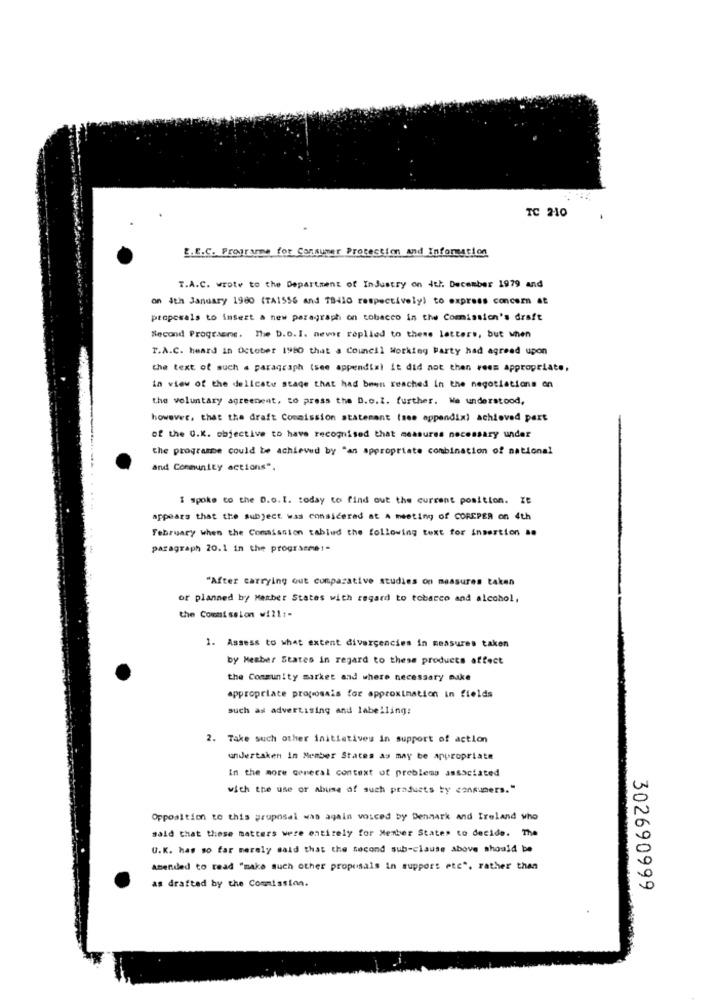
TC 210
E.E.C. Programme for Consumer Protection and Information
T.A.C. wrote to the Department of InJustry on deh. December 1979 and
on 4th January 1980 (TA1556 and 18410 respectively) to express concern at
proposals to insert a new paragraph on tobacco in the Comission's draft
Second Programme. The D.D.I. newt replied to these letters, but when
T.A.C. heard in October 1980 that a Council Working Party had agreed upon
the text of such a paragraph (see appendixl it did not then rees appropriate,
in view of the delicate stage that had been reached in the negotiations on
the voluntary agreement, to press the D.o.I. further. We understood,
however, that the draft Commission statement (see appendix) achieved part
of the U.K. objective to have recognised that measures necessary under
the programme could be achieved by "an appropriate combination of national
and Community actions".
I spoke to the D.o.I. today to find out the current position. Ze
appears that the subject was considered at A meeting of COREPER on 4th
February when the Commission tablud the following text for insertion as
paragraph 20.1 in the programme :-
"After carrying out comparative studies on measures taken
or planned by Member States with regard to tobacco and alcohol,
the Commission will :-
1. Assess to what extent divergencies in measures taken
by Member States in regard to these products affect
the Community market and where necessary make
appropriate proposais for approximation in fields
such as advertising and labelling:
2. Take such other initiatives in support of action
undertaken in Member States as may be appropriate
In the more conecal context of problems associated
wich the use or abuse of such products by consumers."
Opposition to this gruposal was again voiced by Denmark and Ireland who
said that these matters were entirely for Member States to decide. The
U.K. has so far merely said that the second sub-clause above should be
amended to read "make such other proposals in support etc", rather than
as drafted by the Commission.
302690999